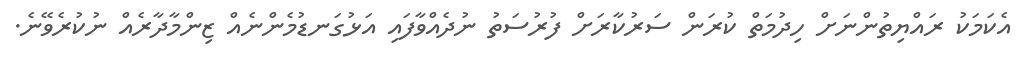
އެކަމަކު ރައްޔިތުންނަށް ހިދުމަތް ކުރަން ސަރުކާރަށް ފުރުސަތު ނުދެއްވާފައި އަޅުގަނޑުމެންނެއް ޒިންމާދާރެއް ނުކުރެވޭނެ.